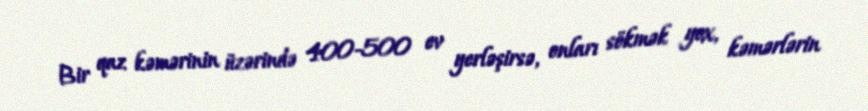
Bir qaz kəmərinin üzərində 400-500 ev yerləşirsə, onları sökmək yox, kəmərlərin